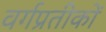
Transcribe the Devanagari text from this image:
वर्गप्रतीकों